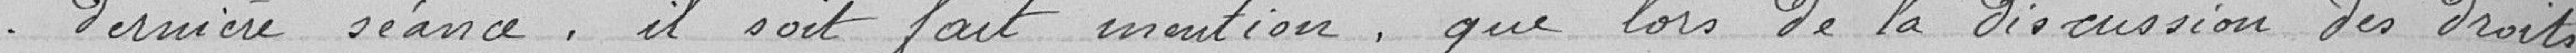
dernière séance, il soit fait mention, que lors de la discussion des droits